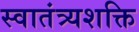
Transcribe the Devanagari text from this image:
स्वातंत्र्यशक्ति